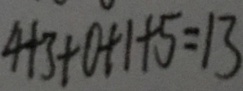
4 + 3 + 0 + 1 + 5 = 1 3